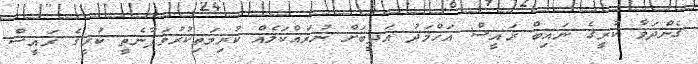
ގެންދަވާ ކުރީގެ ނައިބް ރައީސް އަހްމަދު އަދީބަށް ނުރައްކަލެއް ކުރިމަތިކުރުވަފާނެތީ ކުރީގެ ރައީސް